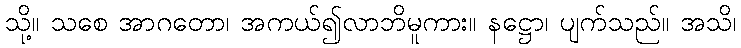
သို့။ သစေ အာဂတော၊ အကယ်၍လာဘိမူကား။ နဋ္ဌော၊ ပျက်သည်။ အသိ၊